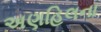
અણહિલના